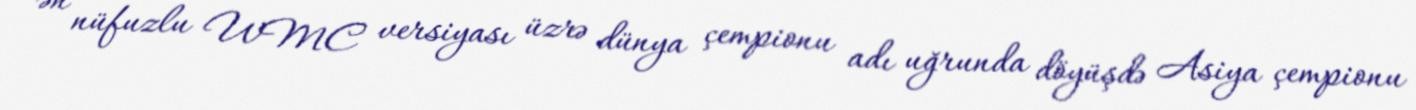
ən nüfuzlu WMC versiyası üzrə dünya çempionu adı uğrunda döyüşdə Asiya çempionu